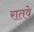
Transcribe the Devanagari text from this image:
रातवे